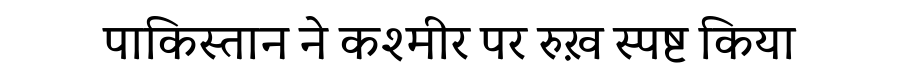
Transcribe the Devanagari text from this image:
पाकिस्तान ने कश्मीर पर रुख़ स्पष्ट किया